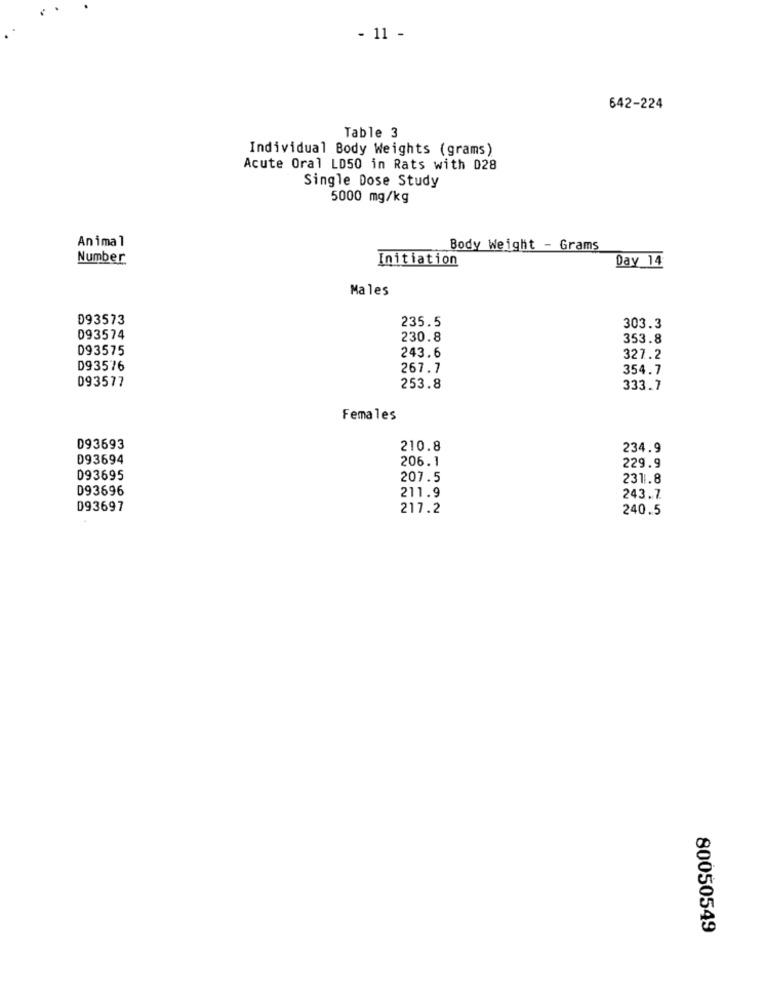
- 11 -
642-224
Table 3
Individual Body Weights (grams)
Acute Oral LD50 in Rats with 028
Single Dose Study
5000 mg/kg
Animal
Body Weight - Grams
Number
Initiation
Day 14
Males
093573
235.5
303.3
093574
230.8
353.8
093575
243.6
327.2
D93576
267.7
354.7
093577
253.8
333.7
Females
093693
210.8
234.9
D93694
206.1
229.9
093695
207.5
231.8
D93696
211.9
243.7
D93697
217.2
240.5
80050549